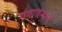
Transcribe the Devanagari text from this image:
गंगावनाचे